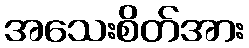
အသေးစိတ်အား